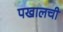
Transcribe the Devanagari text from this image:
पखालची